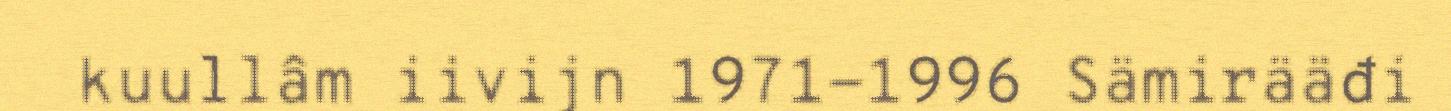
kuullâm iivijn 1971-1996 Sämirääđi